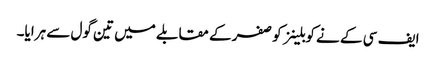
ایف سی کے نے کوبلینز کو صفر کے مقابلے میں تین گول سے ہرایا۔